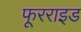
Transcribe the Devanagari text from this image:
फूरराइड